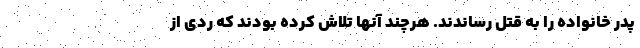
پدر خانواده را به قتل رساندند. هرچند آنها تلاش کرده بودند که ردی از